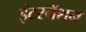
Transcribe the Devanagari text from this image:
इंटरनॅशन